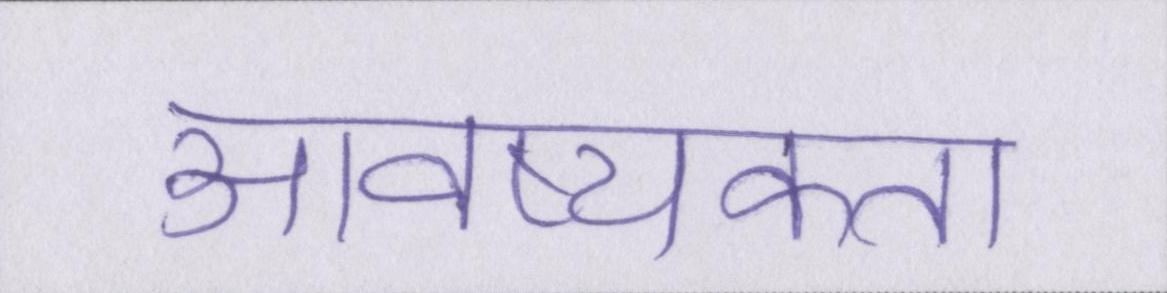
आवष्यकता